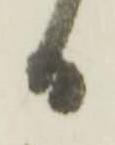
日